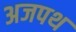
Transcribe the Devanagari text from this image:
अजपथ